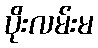
ပိုးလမ်းမ